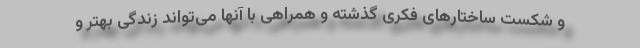
و شکست ساختارهای فکری گذشته و همراهی با آنها می‌تواند زندگی بهتر و